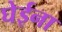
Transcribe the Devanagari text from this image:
घेईना